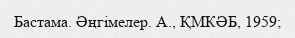
Бастама. Әңгімелер. А., ҚМКӘБ, 1959;